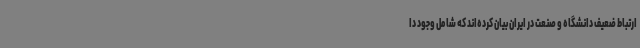
ارتباط ضعیف دانشگاه و صنعت در ایران بیان کرده‌اند که شامل وجود دا